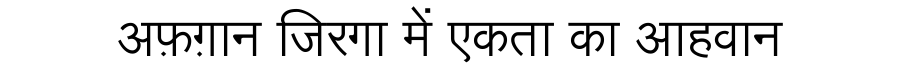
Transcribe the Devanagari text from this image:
अफ़ग़ान जिरगा में एकता का आहवान